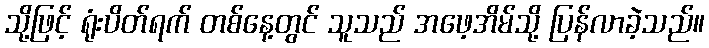
သို့ဖြင့် ရုံးပိတ်ရက် တစ်နေ့တွင် သူသည် အဖေ့အိမ်သို့ ပြန်လာခဲ့သည်။